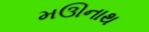
મઊનાથ